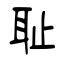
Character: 耻